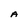
Character: A